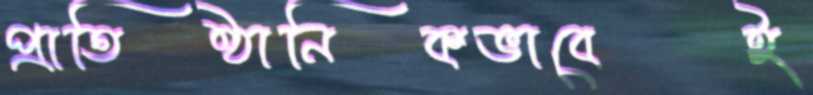
প্রাতিষ্ঠানিকভাবেই